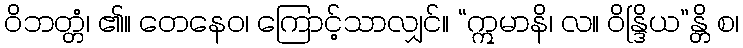
ဝိဘတ္တံ၊ ၏။ တေနေဝ၊ ကြောင့်သာလျှင်။ “ဣမာနိ၊ လ။ ဝိန္ဒြိယ”န္တိ စ၊